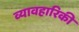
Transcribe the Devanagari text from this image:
व्यावहारिकी